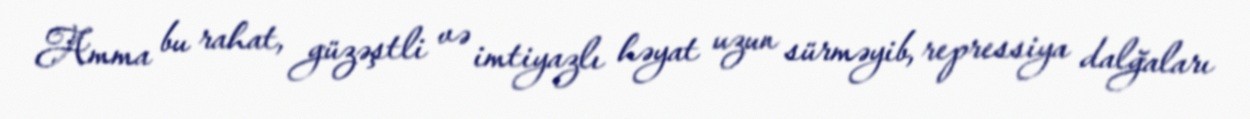
Amma bu rahat, güzəştli və imtiyazlı həyat uzun sürməyib, repressiya dalğaları